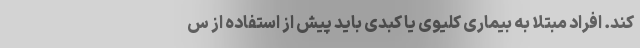
کند. افراد مبتلا به بیماری کلیوی یا کبدی باید پیش از استفاده از س